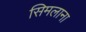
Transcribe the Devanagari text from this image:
सिमलाना